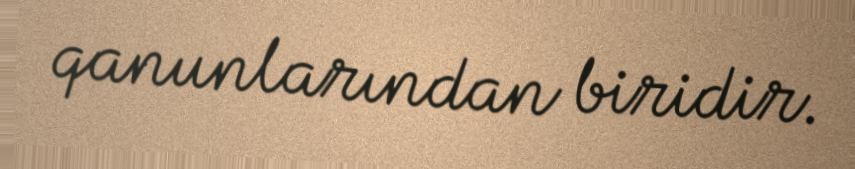
qanunlarından biridir.